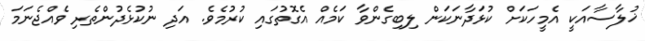
ޚުލާސާއަކީ އެމީހަކަށް ކުޅަދާނަކަން ލިބިގެންވާ ކަމެއް އެގޮތުގައި ކުރުމެވެ. އަދި ނުކުޅެދުންތެރި ވެއްޖެނަމަ